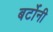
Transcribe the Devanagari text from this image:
बर्टोनी